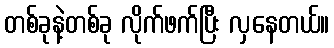
တစ်ခုနဲ့တစ်ခု လိုက်ဖက်ပြီး လှနေတယ်။